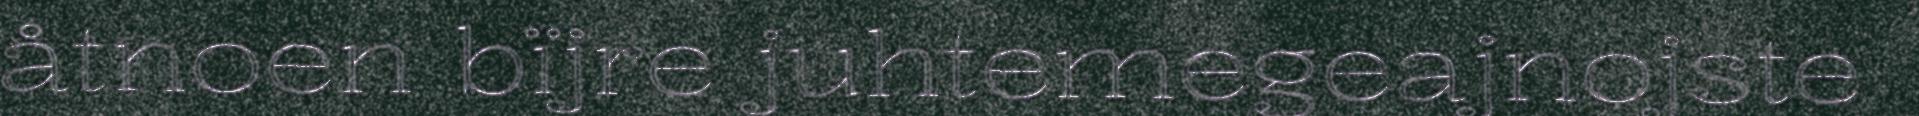
åtnoen bïjre juhtemegeajnojste